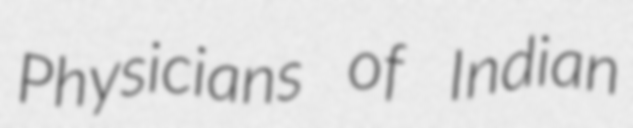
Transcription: Physicians of Indian